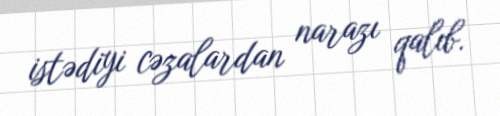
istədiyi cəzalardan narazı qalıb.